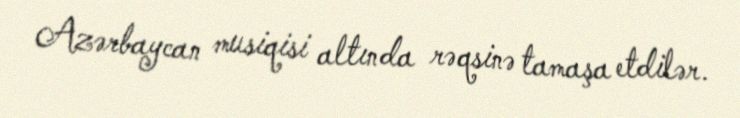
Azərbaycan musiqisi altında rəqsinə tamaşa etdilər.